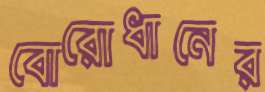
বোরোধানের